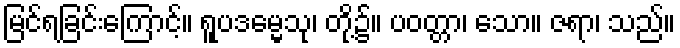
မြင်ရခြင်းကြောင့်။ ရူပဒမ္မေသု၊ တို့၌။ ပဝတ္တာ၊ သော။ ဇရာ၊ သည်။